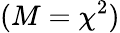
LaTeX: (M=\chi^{2})